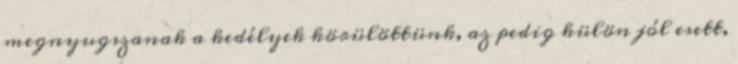
megnyugszanak a kedélyek körülöttünk, az pedig külön jól esett,